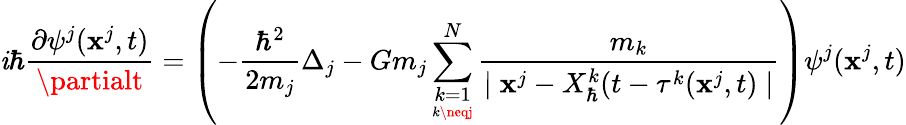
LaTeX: \mathit{i}\hbar\frac{{\partial\psi^{j}(\textbf{{x}}^{j},t)}}{{\partialt}}=\left(-\frac{{\hbar^{2}}}{{2m_{j}}}\Delta_{j}-Gm_{j}\sum_{\underset{k\neqj}{k=1}}^{N}\frac{{m_{k}}}{{\mid\textbf{{x}}^{j}-X_{\hbar}^{k}(t-\tau^{k}(\textbf{{x}}^{j},t)\mid}}\right)\psi^{j}(\textbf{{x}}^{j},t)